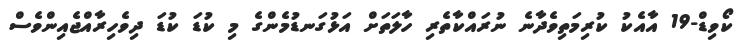
ކޯވިޑް-19 އާއެކު ކުރިމަތިވެދާނެ ނުރައްކާތެރި ހާލަތަށް އަޅުގަނޑުމެންގެ މި ކުޑަ ކުޑަ ދިވެހިރާއްޖެއިންވެސް